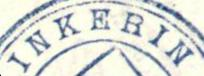
INKERIN